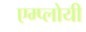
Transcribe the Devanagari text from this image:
एम्प्लोयी